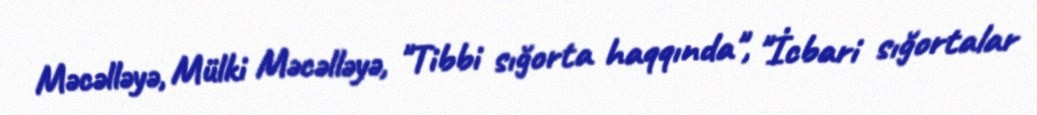
Məcəlləyə, Mülki Məcəlləyə, "Tibbi sığorta haqqında", "İcbari sığortalar